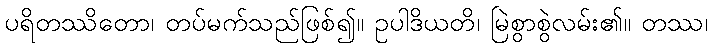
ပရိတဿိတော၊ တပ်မက်သည်ဖြစ်၍။ ဥပါဒိယတိ၊ မြဲစွာစွဲလမ်း၏။ တဿ၊